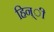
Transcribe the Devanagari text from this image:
हिन्ी